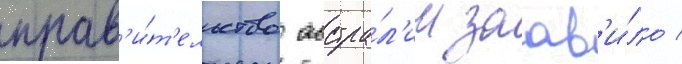
прав'и́т'ельство австра́л'ии заав'и́ло /